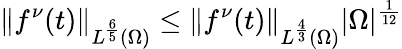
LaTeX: \left\lVert f^{\nu}(t)\right\rVert_{L^{\frac 65}(\Omega)}\le\left\lVert f^{\nu}(t)\right\rVert_{L^{\frac 43}(\Omega)}|\Omega|^{\frac 1{12}}